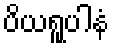
ပိယရူပါနံ